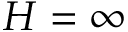
H = \infty